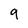
Character: 9